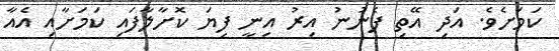
ކަމަށެވެ. އަދި އޭތި ފެނުނު އިރު އިނީ ފިޔަ ކޮށާލާފައި ކަމަށާއި އެއާ